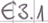
Text: E3.1